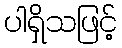
ပါရှိသဖြင့်